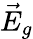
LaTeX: \vec{E}_{g}